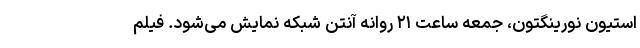
استیون نورینگتون، جمعه ساعت ۲۱ روانه آنتن شبکه نمایش می‌شود. فیلم